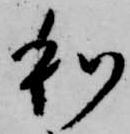
和